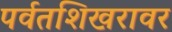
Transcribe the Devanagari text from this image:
पर्वतशिखरावर